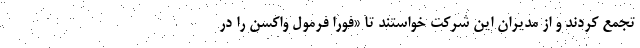
تجمع کردند و از مدیران این شرکت خواستند تا «فورا فرمول واکسن را در